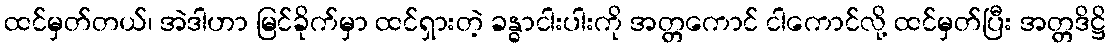
ထင်မှတ်တယ်၊ အဲဒါဟာ မြင်ခိုက်မှာ ထင်ရှားတဲ့ ခန္ဓာငါးပါးကို အတ္တကောင် ငါကောင်လို့ ထင်မှတ်ပြီး အတ္တဒိဋ္ဌိ